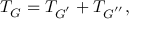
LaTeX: T _ { { \cal G } } = T _ { { \cal G } ^ { ^ { \prime } } } + T _ { { \cal G } ^ { ^ { \prime \prime } } } ,